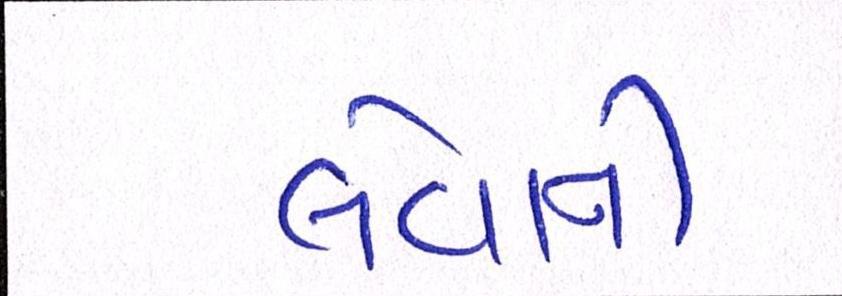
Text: લેવાની